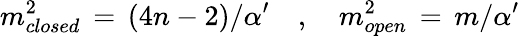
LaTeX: m_{closed}^{2}\, =\, (4n-2)/{\alpha^{\prime}}\, \, \, \, \, \, ,\, \, \, \, \, \, m_{open}^{2}\, =\, m/{\alpha^{\prime}}